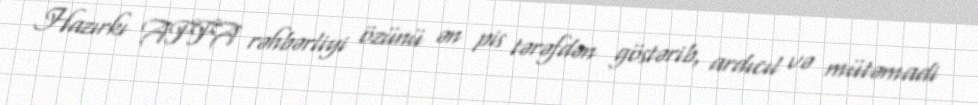
Hazırkı AFFA rəhbərliyi özünü ən pis tərəfdən göstərib, ardıcıl və mütəmadi